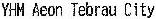
YHM AEON TEBRAU CITY